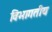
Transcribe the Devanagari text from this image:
विभागतीय